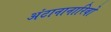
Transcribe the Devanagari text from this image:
अंटानानारिवो